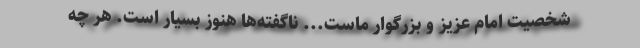
شخصیت امام عزیز و بزرگوار ماست... ناگفته‌ها هنوز بسیار است. هر چه